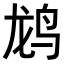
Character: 𬸄